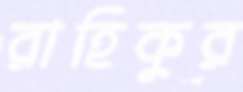
রাহিকুর